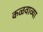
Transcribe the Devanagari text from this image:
कळवाव्या